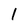
Character: 1